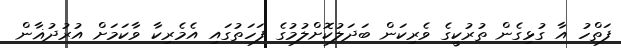
ފަތްހު އާ ގުޅިގެން ތުރުކީގެ ވެރިކަން ބަދަލުކޮށްލުމުގެ ފަހަތުގައި އެމެރިކާ ވާކަމަށް އުރުދުޣާން